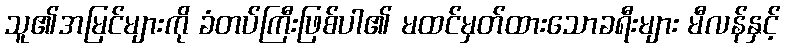
သူ၏အမြင်များကို ခံတပ်ကြီးဖြစ်ပါ၏ မထင်မှတ်ထားသောခရီးများ မီလန်နှင့်